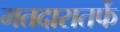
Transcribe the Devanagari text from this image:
मतदारातर्फे